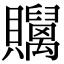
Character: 𧹇